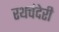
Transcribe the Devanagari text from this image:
रथचंदेरी